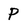
Character: P